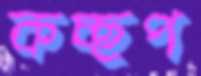
কচ্ছপ